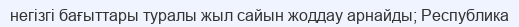
негізгі бағыттары туралы жыл сайын жоддау арнайды; Республика